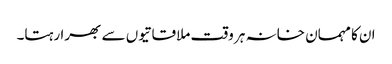
ان کا مہمان خانہ ہر وقت ملاقاتیوں سے بھرا رہتا۔